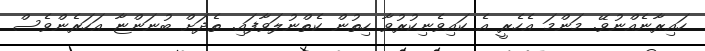
ހައިރާނެއްނުވޭ. މަންމަ އެހެރީ އެ ކައިވެނިކުރުވާ ހިތުން ކެތްނުލަވާފައި. ތެދަށް ބުނަންޏާ އަހަރެންވެސް